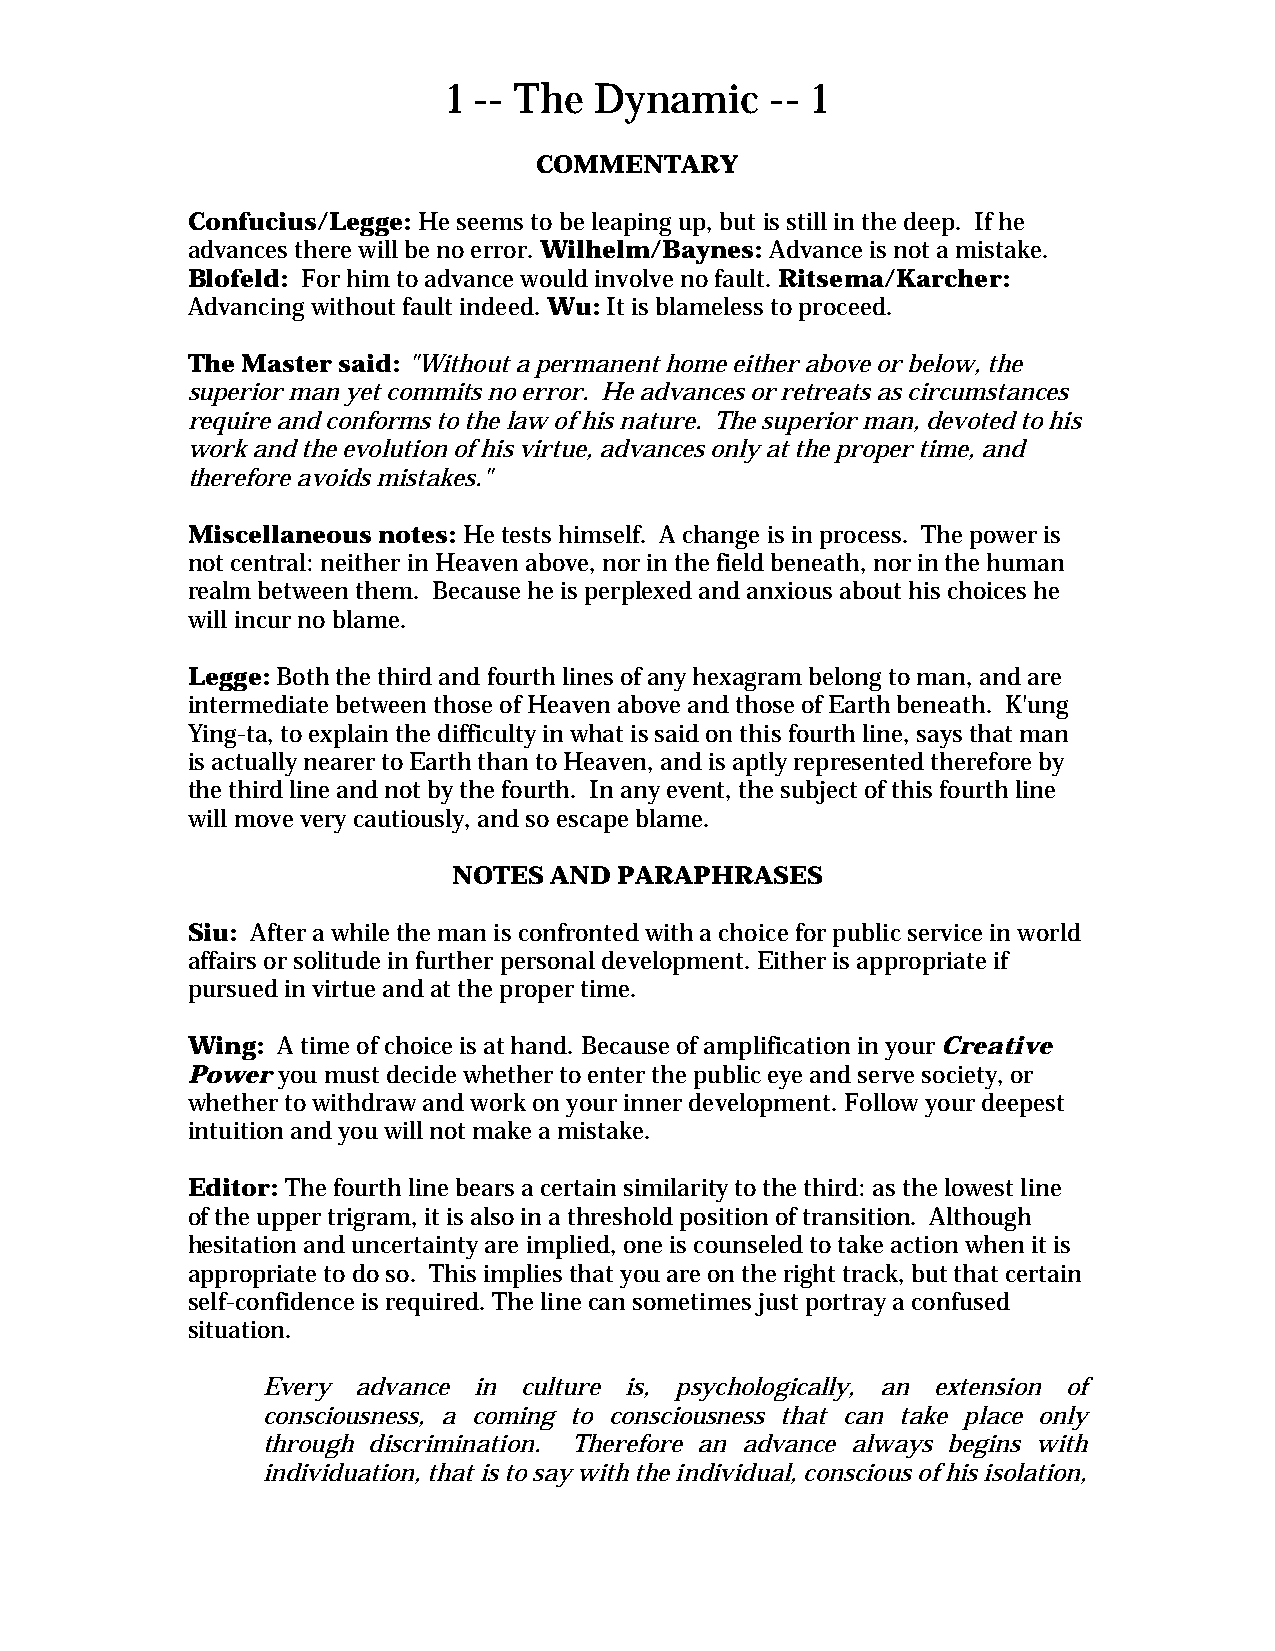
1 -- The Dynamic     -- 1
 COMMENTARY
 Confucius/Legge: He seems to be leaping up, but is still in the deep. If he
 advances there will be no error. Wilhelm/Baynes: Advance is not a mistake.
 Blofeld: For him to advance would involve no fault. Ritsema/Karcher:
 Advancing without fault indeed. Wu: It is blameless to proceed.
 The Master said: "Without a permanent home either above or below, the
 superior man yet commits no error. He advances or retreats as circumstances
 require and conforms to the law of his nature. The superior man, devoted to his
 work and the evolution of his virtue, advances only at the proper time, and
 therefore avoids mistakes."
 Miscellaneous notes: He tests himself. A change is in process. The power is
 not central: neither in Heaven above, nor in the field beneath, nor in the human
 realm between them. Because he is perplexed and anxious about his choices he
 will incur no blame.
 Legge: Both the third and fourth lines of any hexagram belong to man, and are
 intermediate between those of Heaven above and those of Earth beneath. K'ung
 Ying-ta, to explain the difficulty in what is said on this fourth line, says that man
 is actually nearer to Earth than to Heaven, and is aptly represented therefore by
 the third line and not by the fourth. In any event, the subject of this fourth line
 will move very cautiously, and so escape blame.
 NOTES AND  PARAPHRASES
 Siu: After a while the man is confronted with a choice for public service in world
 affairs or solitude in further personal development. Either is appropriate if
 pursued in virtue and at the proper time.
 Wing: A time of choice is at hand. Because of amplification in your Creative
 Power you must decide whether to enter the public eye and serve society, or
 whether to withdraw and work on your inner development. Follow your deepest
 intuition and you will not make a mistake.
 Editor: The fourth line bears a certain similarity to the third: as the lowest line
 of the upper trigram, it is also in a threshold position of transition. Although
 hesitation and uncertainty are implied, one is counseled to take action when it is
 appropriate to do so. This implies that you are on the right track, but that certain
 self-confidence is required. The line can sometimes just portray a confused
 situation.
 Every advance in culture is, psychologically, an extension of
 consciousness, a coming to consciousness that can take place only
 through discrimination. Therefore an advance always begins with
 individuation, that is to say with the individual, conscious of his isolation,